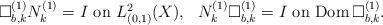
LaTeX: \begin{align*}\mbox{$\Box^{(1)}_{b,k}N^{(1)}_k=I$ on $L^2_{(0,1)}(X)$},\ \ \mbox{$N^{(1)}_k\Box^{(1)}_{b,k}=I$ on ${\rm Dom\,}\Box^{(1)}_{b,k}$}.\end{align*}